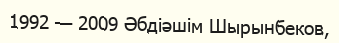
1992 — 2009 Әбдіәшім Шырынбеков,